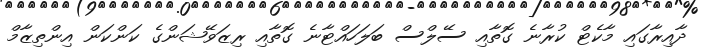
ދާއިރާގައި މާކެޓް ކުރާނެ ގޮތާއި ސޭލްސް ބަލަހައްޓާނެ ގޮތާއި ރިޒަވޭޝަންގެ ކަންކަން އިންތިޒާމް